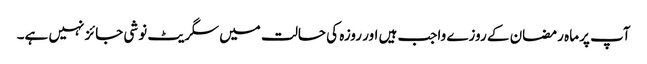
آپ پر ماہ رمضان کے روزے واجب ہیں اور روزہ کی حالت میں سگریٹ نوشی جائز نہیں ہے۔